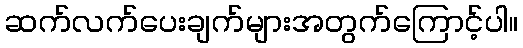
ဆက်လက်ပေးချက်များအတွက်ကြောင့်ပါ။